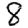
Digit: 8